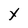
Character: X